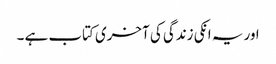
اور یہ انکی زندگی کی آخری کتاب ہے ۔